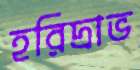
হরিদ্রাভ